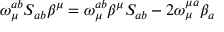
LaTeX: \omega _ { \mu } ^ { a b } S _ { a b } \beta ^ { \mu } = \omega _ { \mu } ^ { a b } \beta ^ { \mu } S _ { a b } - 2 \omega _ { \mu } ^ { \mu a } \beta _ { a }